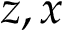
z , x